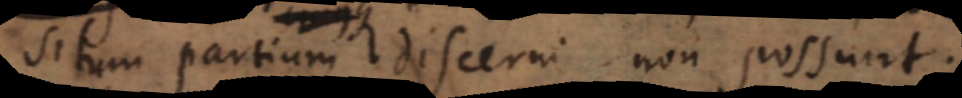
situm partium discerni non possunt